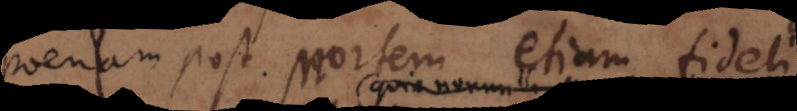
poenam post mortem etiam fidelibus